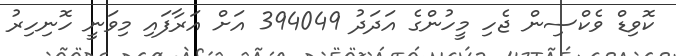
ކޮވިޑް ވެކްސިން ޖެހި މީހުންގެ އަދަދު 394049 އަށް އަރާފައި މިވަނީ ހޮނިހިރު